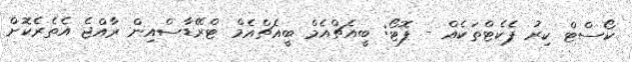
ކޯސްޓް ކިރު ޕެކެޓްތަކެއް - ފޮޓޯ: ބީއެޗްއެމް ބީއެޗްއެމް ޓްރޭޑާސްއިން ރާއްޖެ އެތެރެކޮށް